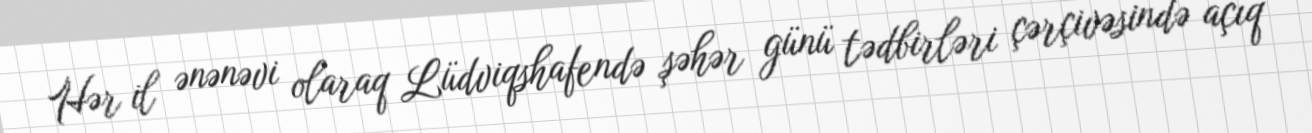
Hər il ənənəvi olaraq Lüdviqshafendə şəhər günü tədbirləri çərçivəsində açıq